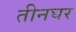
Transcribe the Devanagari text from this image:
तीनघर